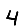
Digit: 4